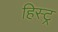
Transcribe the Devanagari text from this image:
हिस्ट्र